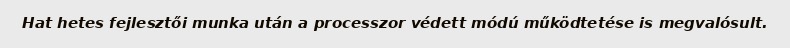
Hat hetes fejlesztői munka után a processzor védett módú működtetése is megvalósult.